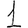
Digit: 1